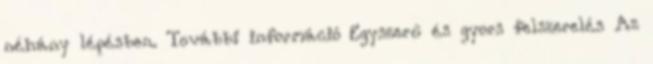
néhány lépésben. További információ Egyszerű és gyors felszerelés Az